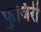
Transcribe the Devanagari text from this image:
फुजिरी